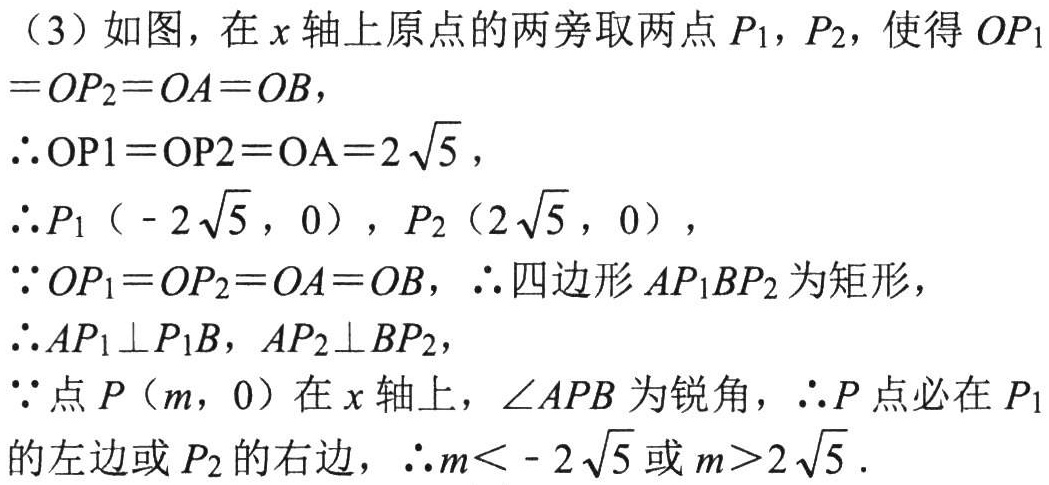
（3）如图，在\(x\)轴上原点的两旁取两点\(P_1\)，\(P_2\)，使得 \(OP_1 =OP_2 =OA =OB\)，

\(\therefore OP1 =OP2 =OA=2\sqrt{5}\)，

\(\therefore P_1（ - 2\sqrt{5}，0），P_2（2\sqrt{5}，0）\)，

\(\because OP_1 =OP_2 =OA =OB\)，\(\therefore\)四边形 \(AP_1BP_2\)为矩形，

\(\therefore AP_1\perp P_1B\)，\(AP_2\perp BP_2\)，

\(\because\)点 \(P（m，0）\)在 \(x\)轴上，\(\angle APB\)为锐角，\(\therefore P\)点必在 \(P_1\)的左边或 \(P_2\)的右边，\(\therefore m< - 2\sqrt{5}\)或 \(m>2\sqrt{5}\)．